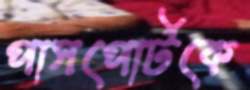
পাসপোর্টকে